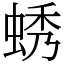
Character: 蜏